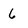
Character: 6